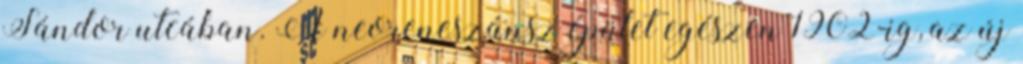
Sándor utcában. A neoreneszánsz épület egészen 1902-ig, az új